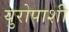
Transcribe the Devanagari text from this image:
युरोपाशी